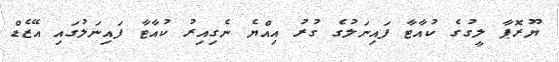
ޔޫރޮޕާ ލީގުގެ ކުއާޓާ ފައިނަލުގެ ގުރު އިއްޔެ ނެގިއިރު ކުއާޓާ ފައިނަލުގައި އޭޒެޑް